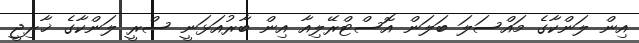
އިން ލަންކާގެ މައްސަލަ ބަލަން އޮސްޓްރޭލިއާ އިން ބާރުއަޅަނީ ސްރީ ލަންކާގެ ޚާރިޖީ